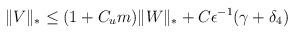
LaTeX: \begin{align*}\Vert V \Vert_* \le (1 + C_{u}m)\Vert W \Vert_* + C\epsilon^{-1}(\gamma+ \delta_4)\end{align*}